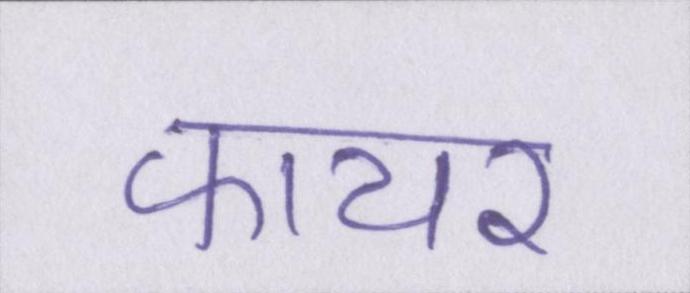
फायर